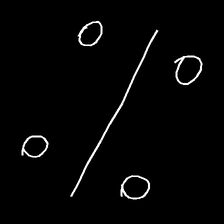
Glyph: cool